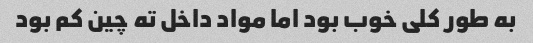
به طور کلی خوب بود اما مواد داخل ته چین کم بود